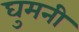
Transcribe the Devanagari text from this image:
घुमनी